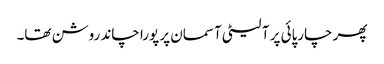
پھر چارپائی پر آ لیٹی آسمان پر پورا چاند روشن تھا۔